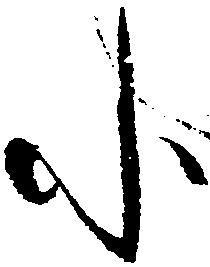
に